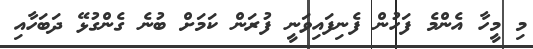
މި މީހާ އެންމެ ފަހުން ފެނިފައިވަނީ ފުރަން ކަމަށް ބުނެ ގެންގުޅޭ ދަބަހާއި